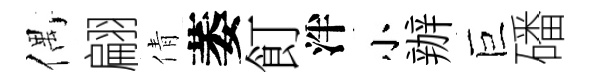
偶翩倩萎飣泮小辦巨磻